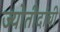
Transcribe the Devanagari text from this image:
ज्योतीदांची